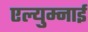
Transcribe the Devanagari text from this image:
एल्युम्नाई